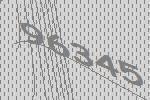
96345